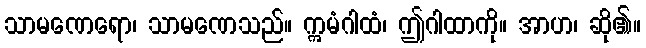
သာမဏေရော၊ သာမဏေသည်။ ဣမံဂါထံ၊ ဤဂါထာကို။ အာဟ၊ ဆို၏။